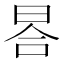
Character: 𣆗